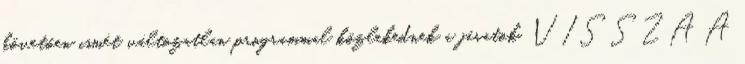
követően ismét változatlan programmal közlekednek a járatok. VISSZA A